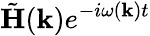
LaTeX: \tilde{\mathbf H}({\mathbf k})e^{-i\omega({\mathbf k})t}